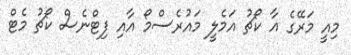
މިއީ މަރޭގެ އާ ކޯޗު އަމެލީ މައުރެސްމޯ އާއި ފިޓްނެސް ކޯޗު މެޓް